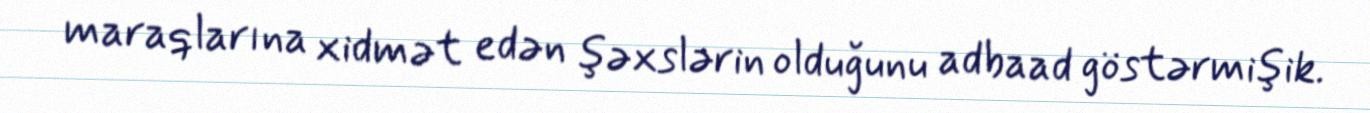
maraqlarına xidmət edən şəxslərin olduğunu adbaad göstərmişik.